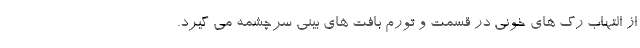
از التهاب رگ های خونی در قسمت و تورم بافت های بینی سرچشمه می گیرد.